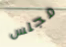
مجلس